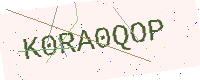
Text: K0RA0QOP